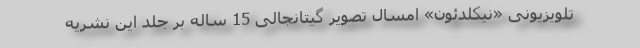
تلویزیونی «نیکلدئون» امسال تصویر گیتانجالی 15 ساله بر جلد این نشریه